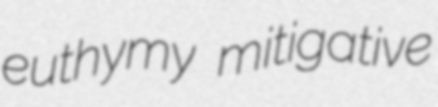
euthymy mitigative